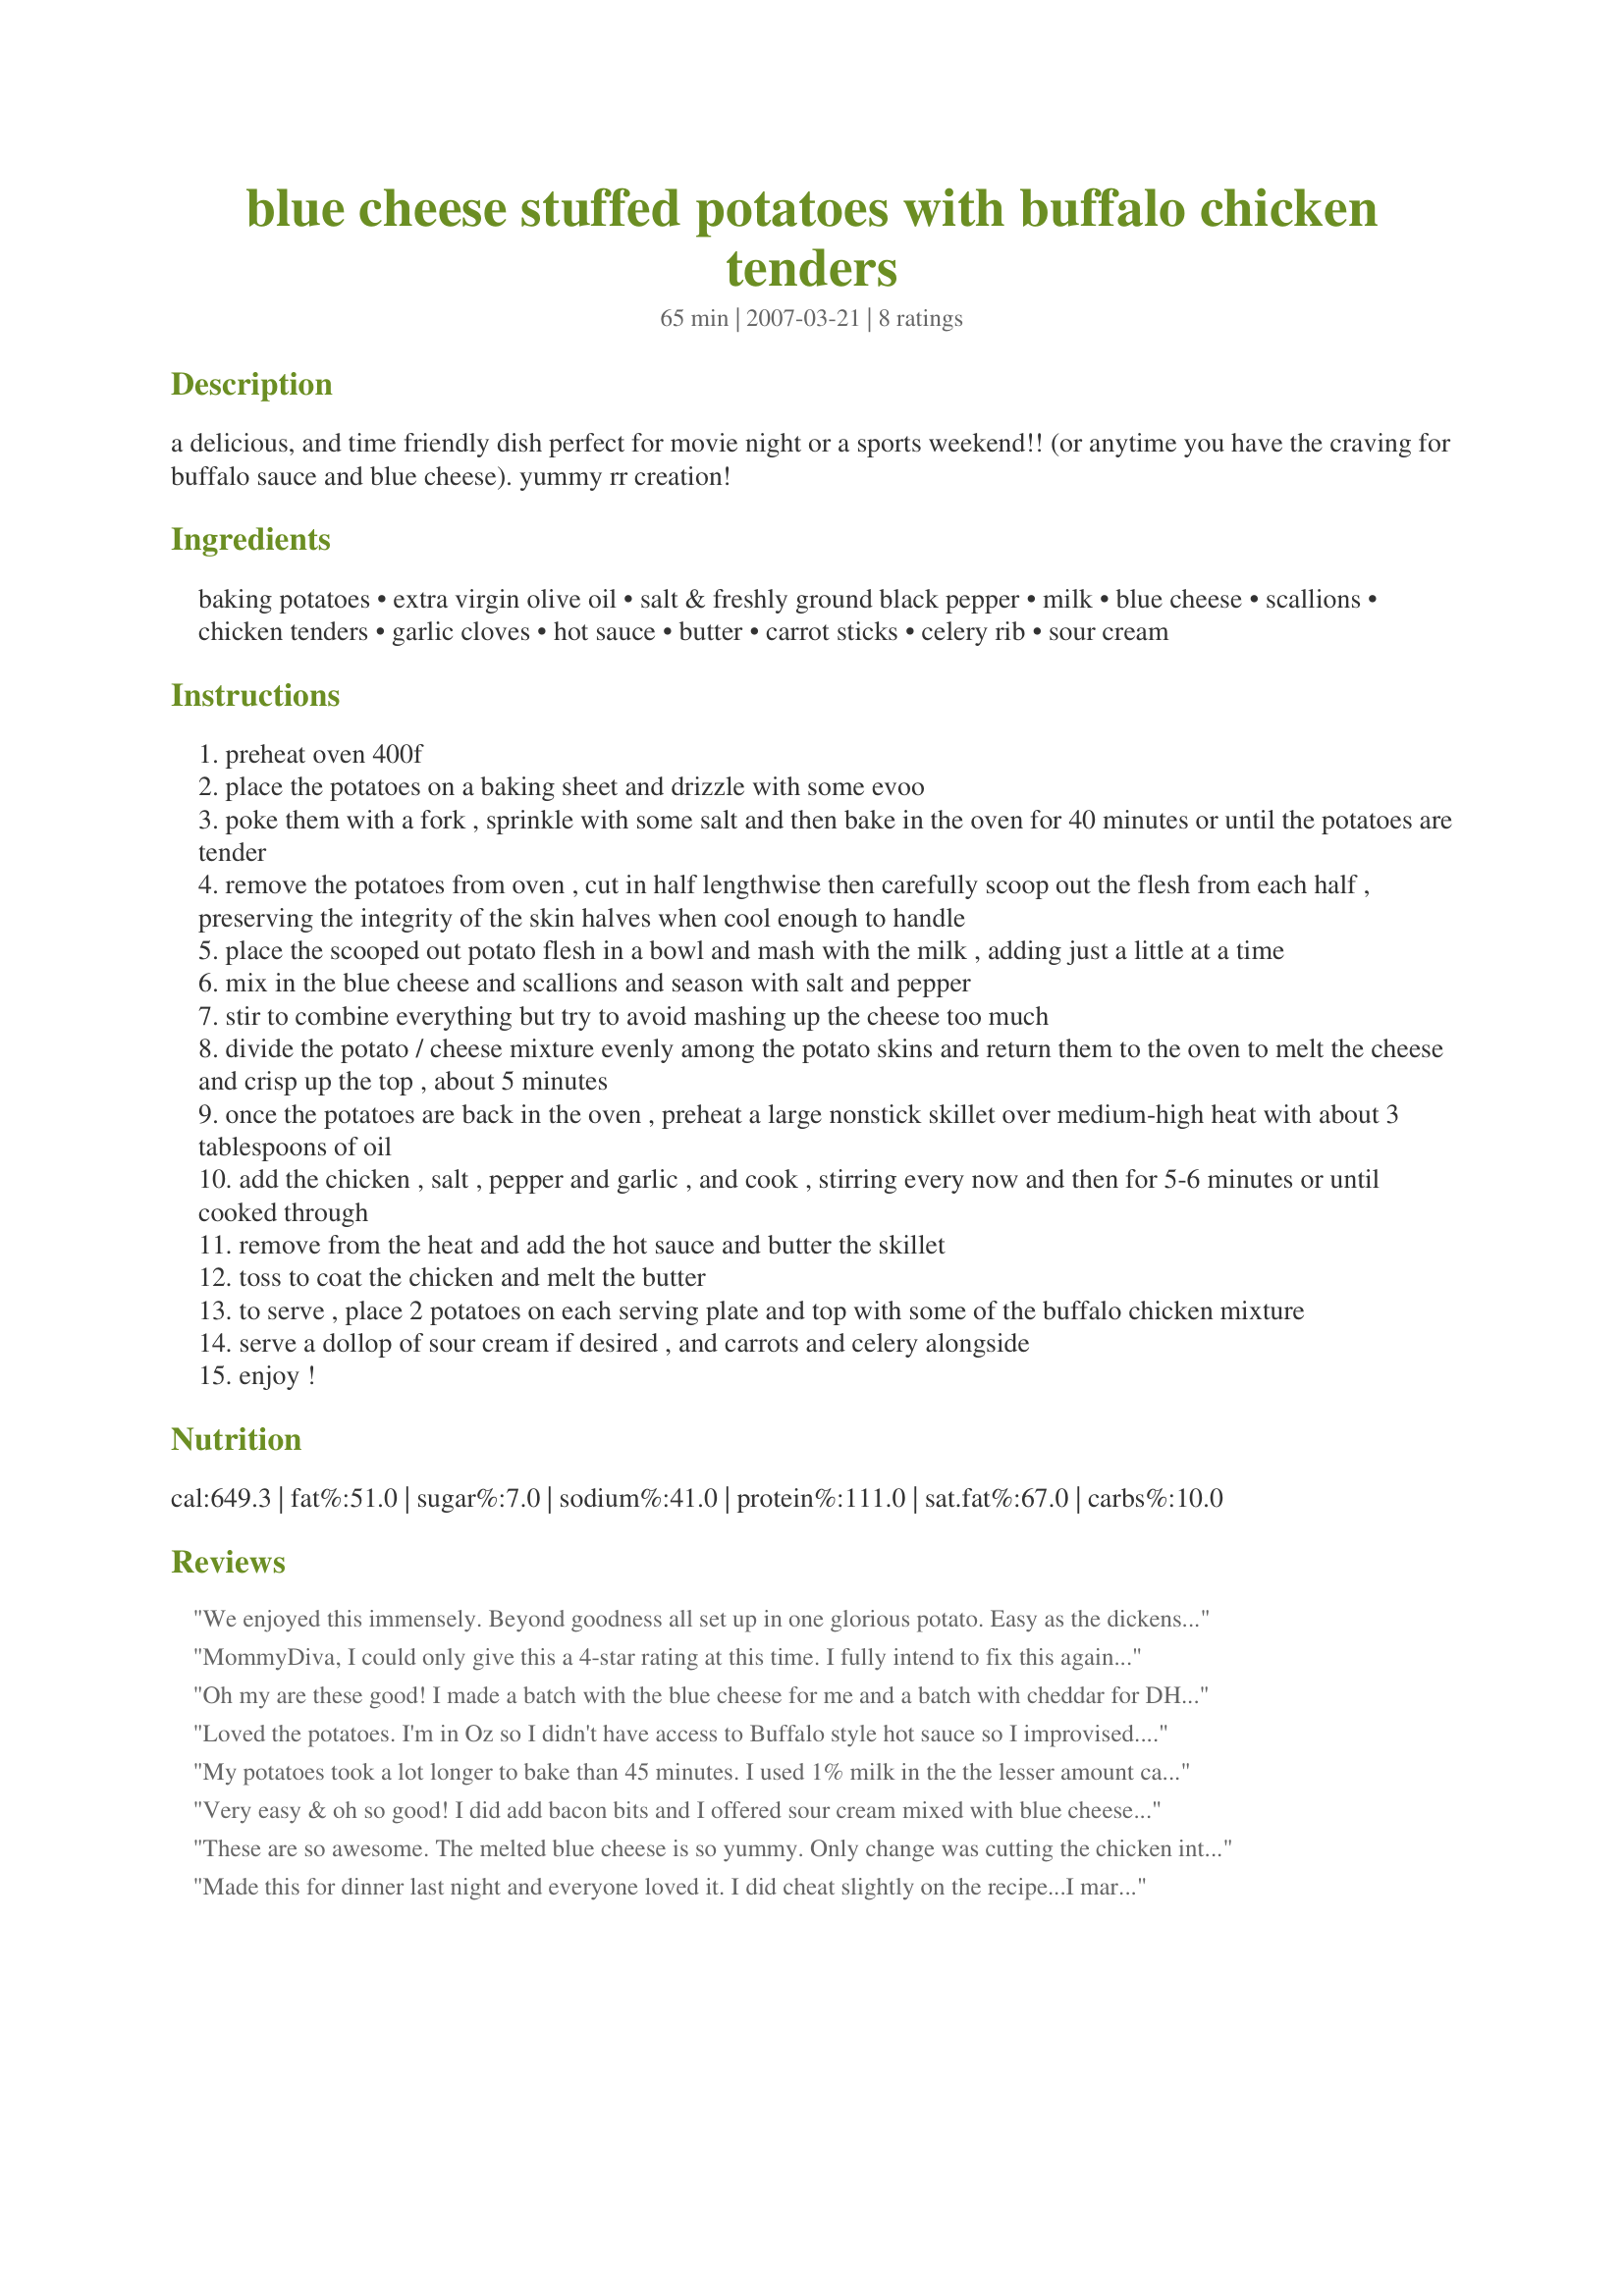
blue cheese stuffed potatoes with buffalo chicken tenders
Preparation time: 65 minutes

a delicious, and time friendly dish perfect for movie night or a sports weekend!! (or anytime you have the craving for buffalo sauce and blue cheese). yummy rr creation!

Ingredients:
baking potatoes, extra virgin olive oil, salt & freshly ground black pepper, milk, blue cheese, scallions, chicken tenders, garlic cloves, hot sauce, butter, carrot sticks, celery rib, sour cream

Steps:
preheat oven 400f
place the potatoes on a baking sheet and drizzle with some evoo
poke them with a fork , sprinkle with some salt and then bake in the oven for 40 minutes or until the potatoes are tender
remove the potatoes from oven , cut in half lengthwise then carefully scoop out the flesh from each half , preserving the integrity of the skin halves when cool enough to handle
place the scooped out potato flesh in a bowl and mash with the milk , adding just a little at a time
mix in the blue cheese and scallions and season with salt and pepper
stir to combine everything but try to avoid mashing up the cheese too much
divide the potato / cheese mixture evenly among the potato skins and return them to the oven to melt the cheese and crisp up the top , about 5 minutes
once the potatoes are back in the oven , preheat a large nonstick skillet over medium-high heat with about 3 tablespoons of oil
add the chicken , salt , pepper and garlic , and cook , stirring every now and then for 5-6 minutes or until cooked through
remove from the heat and add the hot sauce and butter the skillet
toss to coat the chicken and melt the butter
to serve , place 2 potatoes on each serving plate and top with some of the buffalo chicken mixture
serve a dollop of sour cream if desired , and carrots and celery alongside
enjoy !

Reviews:
We enjoyed this immensely. Beyond goodness all set up in one glorious potato. Easy as the dickens to put together, (I made it easier and the only stray from the recipe - sorry!) I microwaved the potatoes first. because my day had so hopelessly fallen behind. I scooped out the potato "meat" just as recipe suggested, and mixed all the wonderful cheese, scallions, and potato and put into the broiler to brown the top. At the same time I took leftover rotisserie chicken, diced it, and put it in the the skillet to warm. Added the sauce and presto warmed everybody up, and there you are, howdy dinner is on the table. Wonderful, Mommy Diva~a real savior in this home. Thank you!
MommyDiva, I could only give this a 4-star rating at this time. I fully intend to fix this again, and will bake the potatoes in the oven. I tried to use microwave, and the skins did not hold the shape at all, so filling kind of went everywhere. The taste was okay but I think it will be much better when fixed as you call for. Again, my mistake and I know it will be a 5-star dinner when made again!
Oh my are these good! I made a batch with the blue cheese for me and a batch with cheddar for DH and wow DH loved them! Thanks for sharing this is a keeper!
Loved the potatoes. I'm in Oz so I didn't have access to Buffalo style hot sauce so I improvised. Liked it but I'm sure it wasn't exactly as intended. Thank you for introducing me to something I hadn't tried before.
My potatoes took a lot longer to bake than 45 minutes. I used 1% milk in the the lesser amount called for. I also used the reduced fat blue cheese. Once the potatos were restuffed I covered them with foil and put them in the fridge. (The potatoes took so long to bake that my starving family already ate by the time I had reached this point.) The following night I heated the oven back up and popped the potatoes in while making the chicken. I used extra garlic and garlic salt for the salt amount (can you tell we like our garlic here) and the full amount of Anchor Bar wing sauce. The vegetarian in our family just had the stuffed potato with wing sauce drizzled on it. Five stars is hard to get from my family. But everyone really liked these. Even Blue cheese hating DD!
Very easy & oh so good! I did add bacon bits and I offered sour cream mixed with blue cheese crumbles. Really, really tasty and we will be making these again. And again. Thanks for posting!
These are so awesome. The melted blue cheese is so yummy. Only change was cutting the chicken into strips to fry. Just before the chicken was done I pulled it out and shredded the strips then added the hot sauce and butter.
Made this for dinner last night and everyone loved it. I did cheat slightly on the recipe...I marinated my chicken pieces in the hot sauce and then cooked it in the crock pot I know that adjusted the flavor a wee bit but it was out of necessity and the recipe sounded so good I didn't want to wait and make it later. We will definitely make this again. Made and reviewed for the 31st AUS/NZ Recipe Swap.
